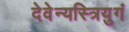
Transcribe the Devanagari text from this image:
देवेन्यस्त्रियुगं